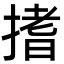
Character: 搘